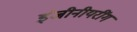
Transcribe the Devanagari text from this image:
इंजीनीयरींग